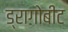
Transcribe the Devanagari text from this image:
ड्रागोबीट